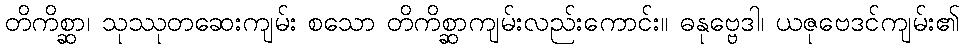
တိကိစ္ဆာ၊ သုဿုတဆေးကျမ်း စသော တိကိစ္ဆာကျမ်းလည်းကောင်း။ ဓနုဗ္ဗေဒါ၊ ယဇုဗေဒင်ကျမ်း၏